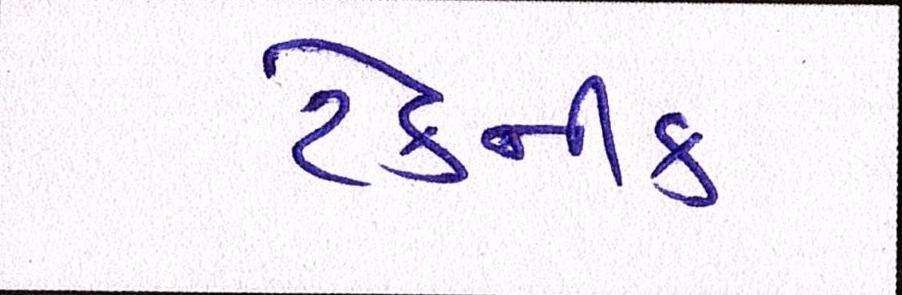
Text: ટેકનીક